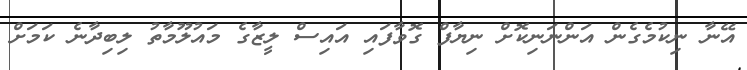
އޭނާ ނިކުމެގެން އަންނަނިކޮށް ނިޔާފް ގޮވާފައި އައިސް ލީޒާގެ މައުލޫމާތު ލިބިދާނެ ކަމަށް